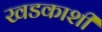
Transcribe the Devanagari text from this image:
खडकाशी